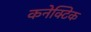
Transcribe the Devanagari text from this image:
कनेक्टिक